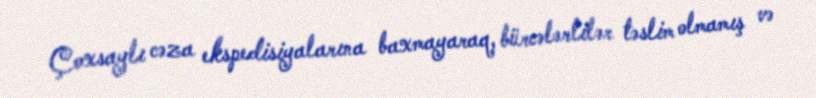
Çoxsaylı cəza ekspedisiyalarına baxmayaraq, bürcələrlilər təslim olmamış və